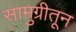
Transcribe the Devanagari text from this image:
सामुग्रीतून